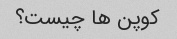
کوپن ها چیست؟